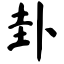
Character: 卦